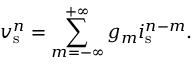
v _ { \mathrm { s } } ^ { n } = \sum _ { m = - \infty } ^ { + \infty } g _ { m } i _ { \mathrm { s } } ^ { n - m } .